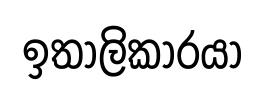
ඉතාලිකාරයා